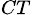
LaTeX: _{CT}